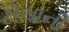
ટોચાની